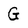
Character: G